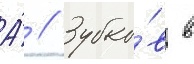
А́ // Зубко́в в